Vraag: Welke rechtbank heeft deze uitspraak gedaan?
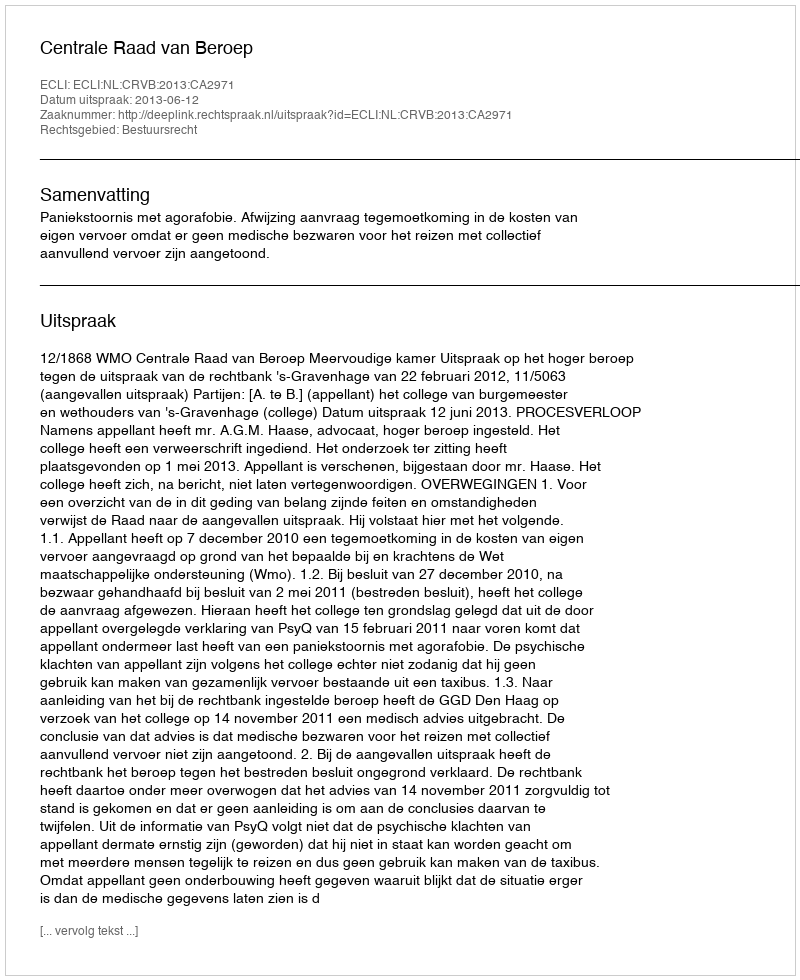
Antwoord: Centrale Raad van Beroep